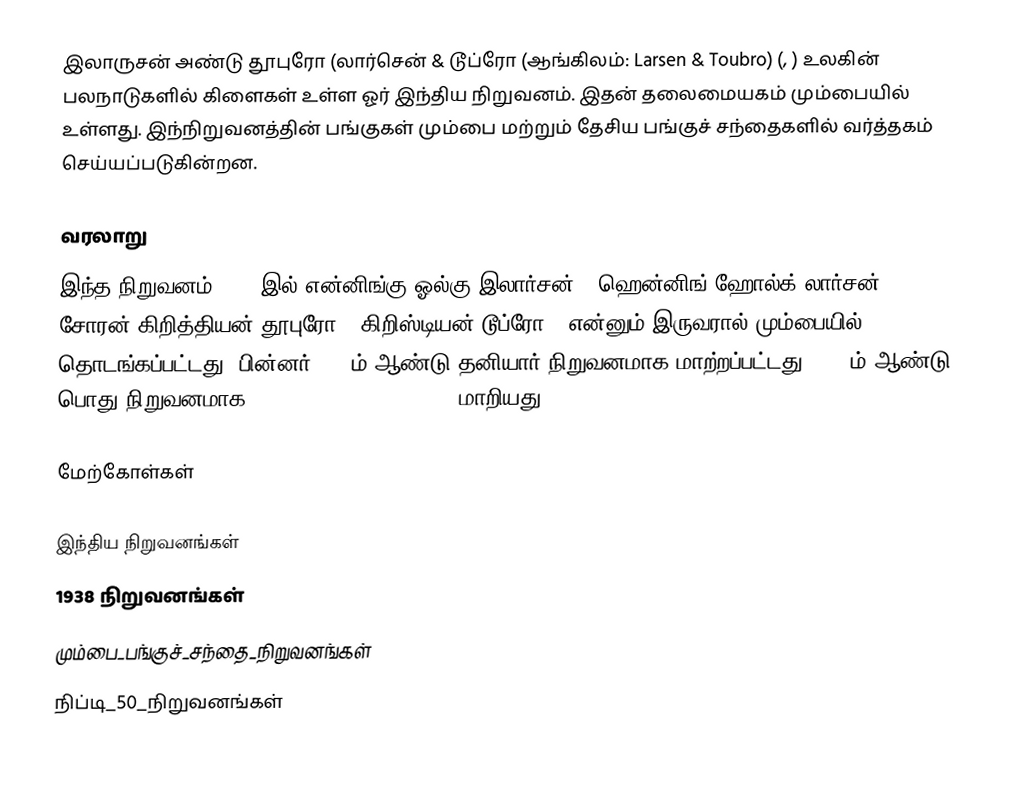
இலாருசன் அண்டு தூபுரோ (லார்சென் & டூப்ரோ (ஆங்கிலம்: Larsen & Toubro) (, ) உலகின் பலநாடுகளில் கிளைகள் உள்ள ஓர் இந்திய நிறுவனம். இதன் தலைமையகம் மும்பையில் உள்ளது. இந்நிறுவனத்தின் பங்குகள் மும்பை மற்றும் தேசிய பங்குச் சந்தைகளில் வர்த்தகம் செய்யப்படுகின்றன.

வரலாறு
இந்த நிறுவனம் 1938 இல் என்னிங்கு ஓல்கு இலார்சன் ("ஹென்னிங் ஹோல்க்-லார்சன்"),   சோரன் கிறித்தியன் தூபுரோ ("கிறிஸ்டியன் டூப்ரோ") என்னும் இருவரால் மும்பையில் தொடங்கப்பட்டது. பின்னர் 1946ம் ஆண்டு தனியார் நிறுவனமாக மாற்றப்பட்டது. 1950ம் ஆண்டு பொது நிறுவனமாக (public limited company) மாறியது.

மேற்கோள்கள்

இந்திய நிறுவனங்கள்
1938 நிறுவனங்கள்
மும்பை_பங்குச்_சந்தை_நிறுவனங்கள்
நிப்டி_50_நிறுவனங்கள்